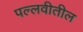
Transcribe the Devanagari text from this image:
पल्लवीतील